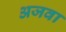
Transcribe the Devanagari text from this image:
अजवा